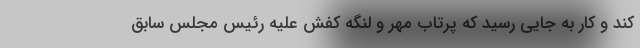
کند و کار به جایی رسید که پرتاب مهر و لنگه کفش علیه رئیس مجلس سابق